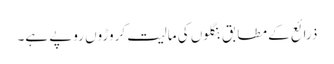
ذرائع کے مطابق بنگلوں کی مالیت کروڑوں روپے ہے۔